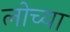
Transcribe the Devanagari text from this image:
लोच्या